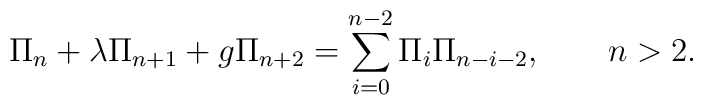
\Pi_n+\lambda \Pi_{n+1}+g\Pi_{n+2}=\sum_{i=0}^{n-2}\Pi_i\Pi_{n-i-2}, \qquad n>2.